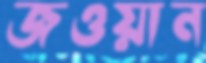
জওয়ান